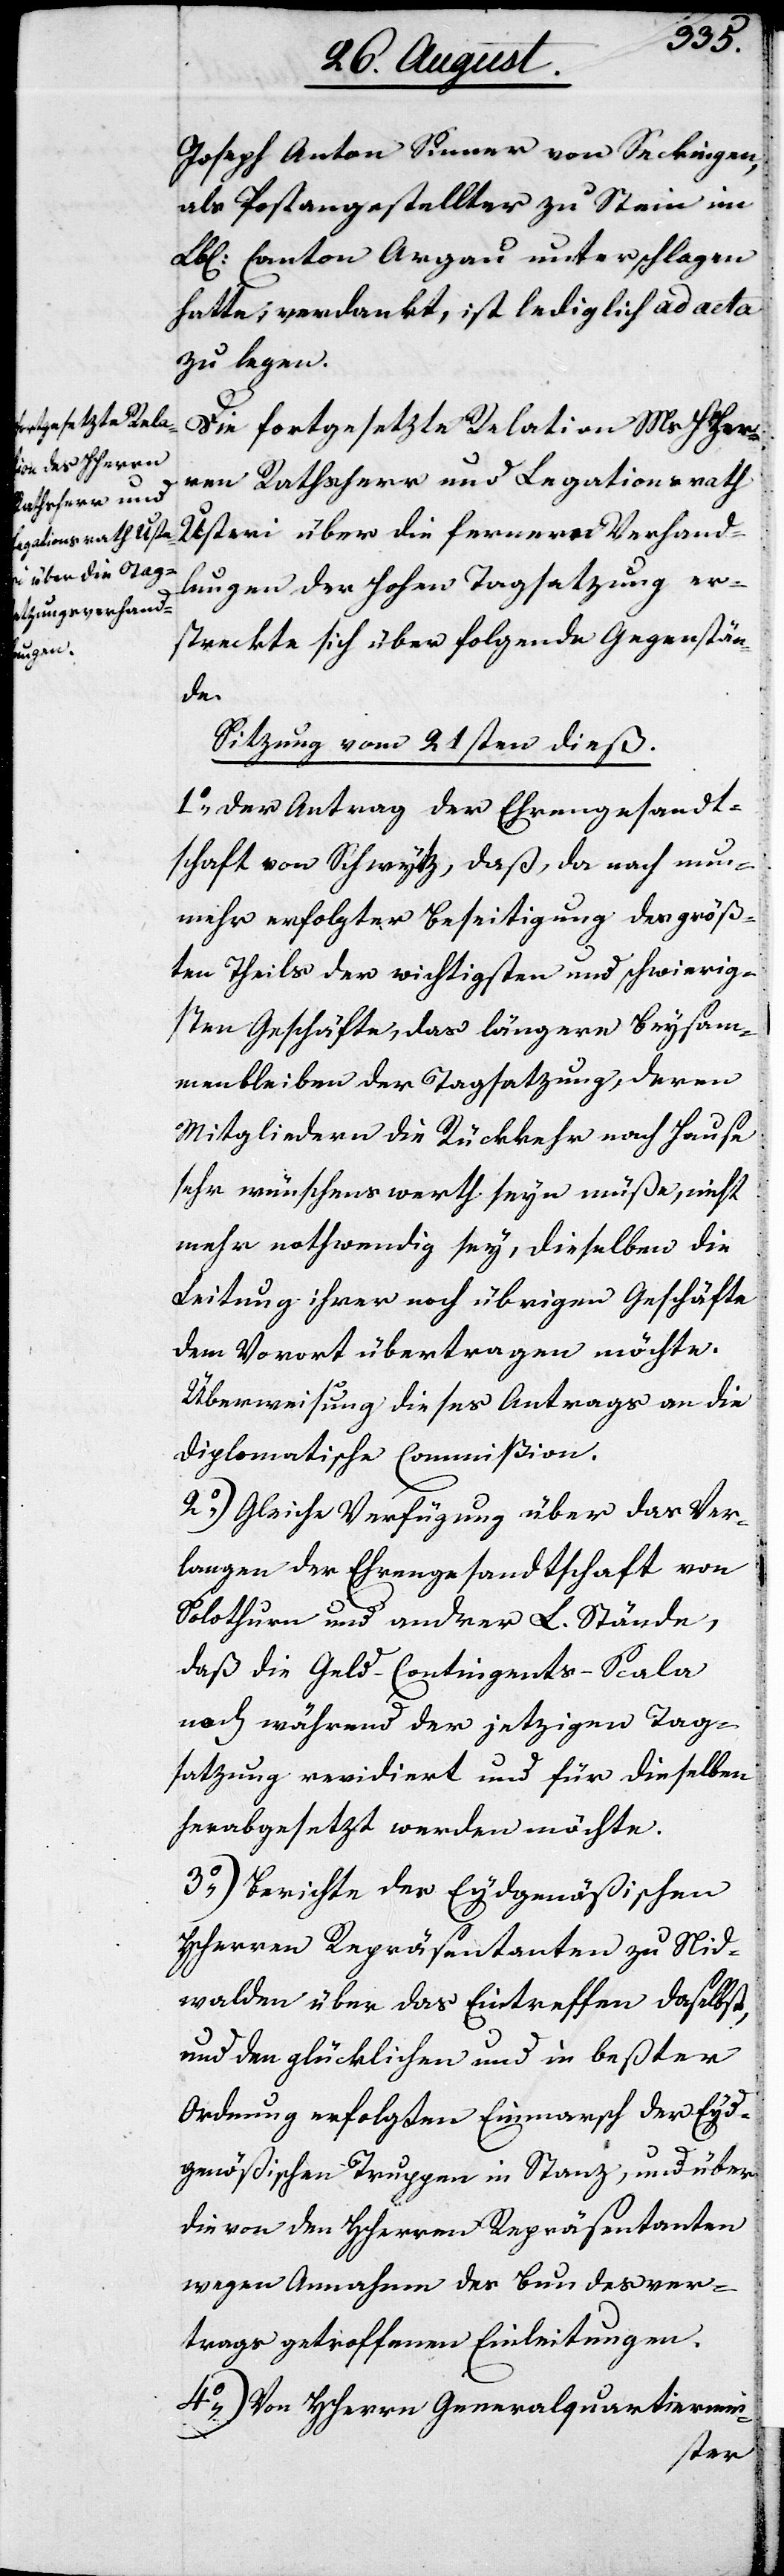
Joseph Anton Sinner von Seckingen,
als Postangestellter zu Stein im
Lbl. Canton Argau unterschlagen
hatte, verdankt, ist lediglich ad acta
zu legen.
Die fortgesetzte Relation MsHHerr¬
en Rathsherr und Legationrath
Usteri über die fernern Verhand¬
lungen der Hohen Tagsatzung er¬
streckte sich über folgende Gegenstän¬
de.
Sitzung vom 21sten dieß.
1.) Der Antrag der Ehrengesandt¬
schaft von Schwytz, daß, da nach nun¬
mehr erfolgter Beseitigung des größ¬
ten Theils der wichtigsten und schwierig¬
sten Geschäfte, das längere Beysam¬
menbleiben der Tagsatzung, deren
Mitgliedern die Rückkehr nach Hause
sehr wünschenswert seyn müße, nicht
mehr nothwendig sey, dieselben die
Leitung ihrer noch übrigen Geschäfte
dem Vorwort übertragen möchte.
Überweisung dieses Antrags an die
Diplomatische Commißion.
2.) Gleiche Verfügung über das Ver¬
langen der Ehrengesandtschaft von
Solothurn und andrer L. Stände,
daß die Geld-Contingents-Scala
noch während der jetzigen Tag¬
satzung revidiert und für dieselben
herabgesetzt werden möchte.
3.) Berichte der Eydgenößischen
HHerren Repräsentanten zu Nid¬
walden über das Eintreffen daselbst
und den glücklichen und in beßter
Ordnung erfolgten Einmarsch der Eyd¬
genößischen Truppen in Stanz, und über
die von den HHerren Repräsentanten
wegen Annahme des Bundesver¬
trags getroffenen Einleitungen.
4.) Von HHerrn Generalquartiermei-